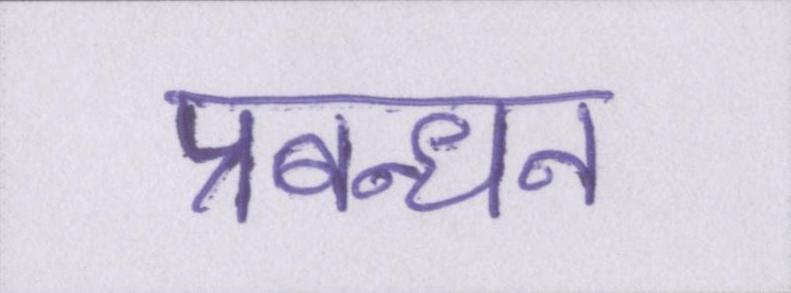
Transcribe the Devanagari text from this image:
प्रबन्धन